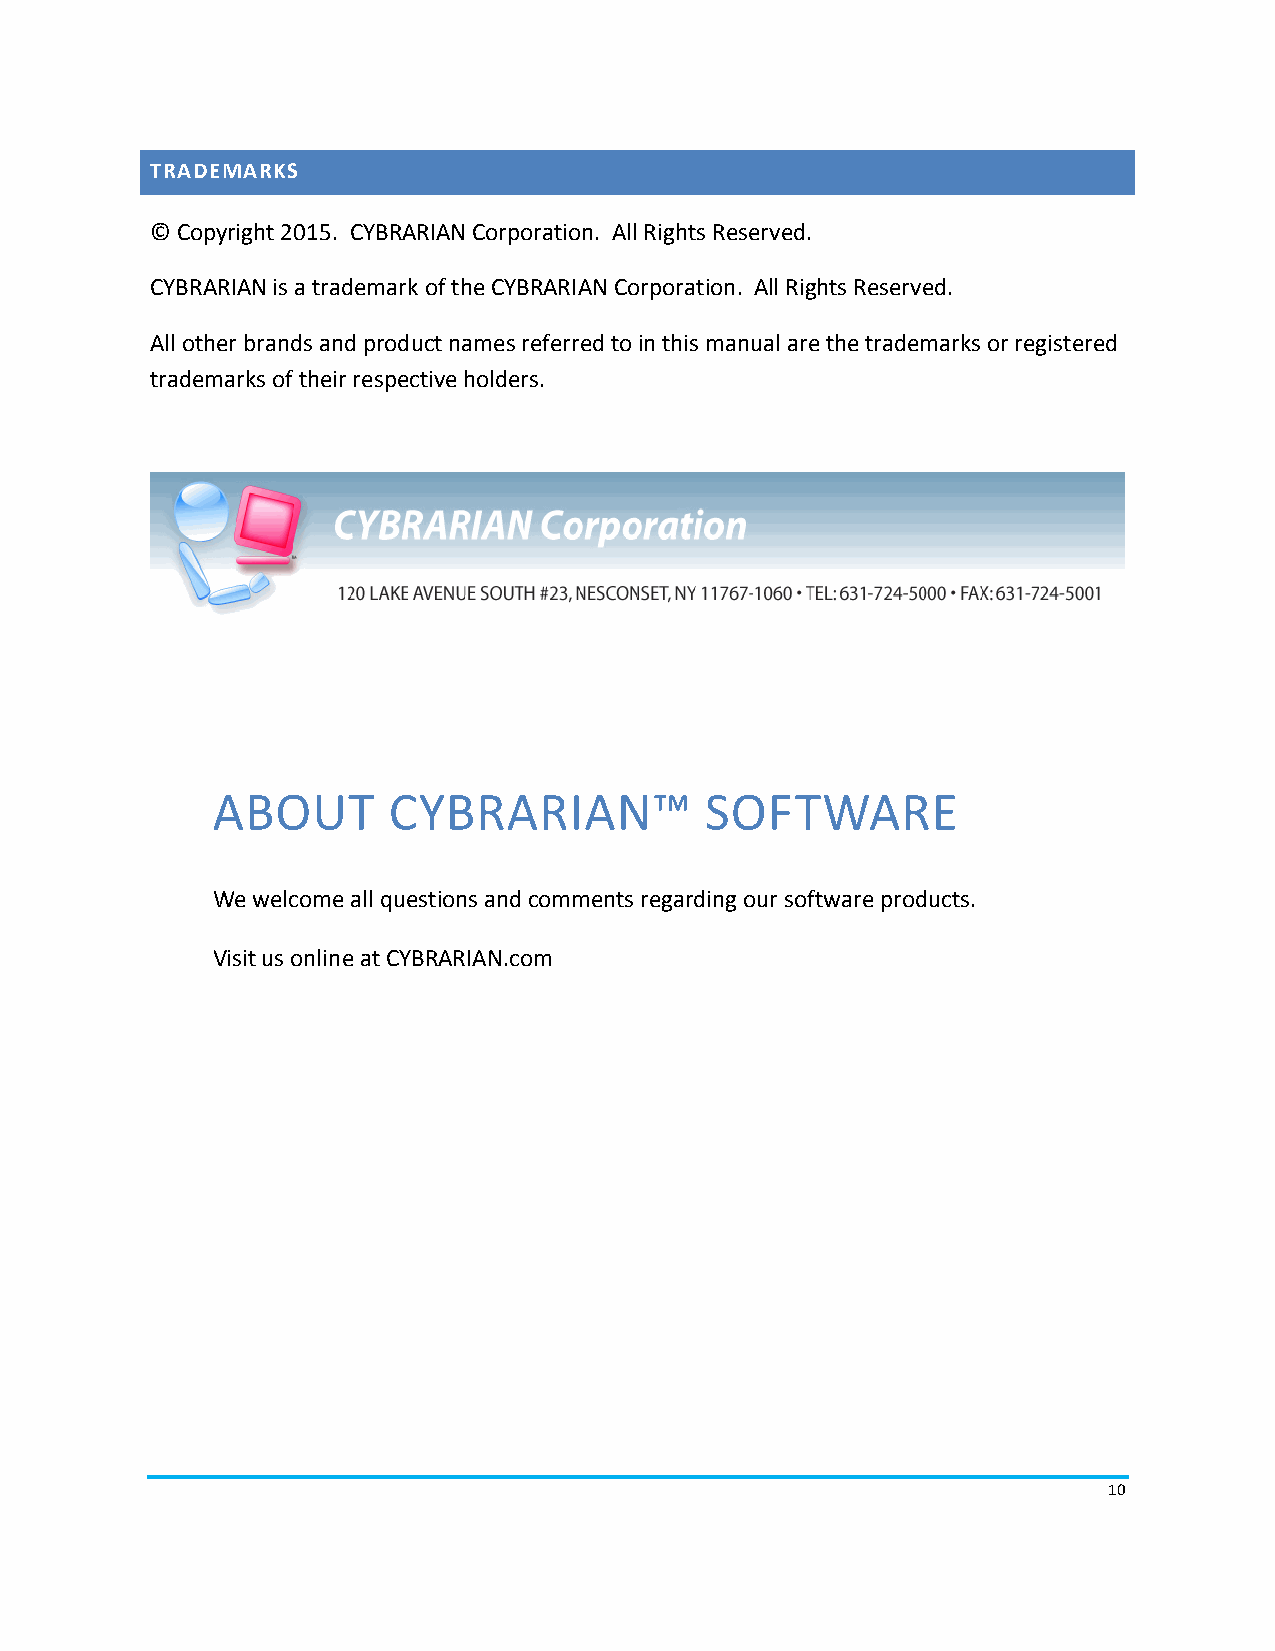
TRADEMARKS
 © Copyright 2015. CYBRARIAN Corporation. All Rights Reserved.
 CYBRARIAN is a trademark of the CYBRARIAN Corporation. All Rights Reserved.
 All other brands and product names referred to in this manual are the trademarks or registered
 trademarks of their respective holders.
 ABOUT       CYBRARIAN™           SOFTWARE
 We welcome all questions and comments regarding our software products.
 Visit us online at CYBRARIAN.com
 10